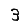
Digit: 3